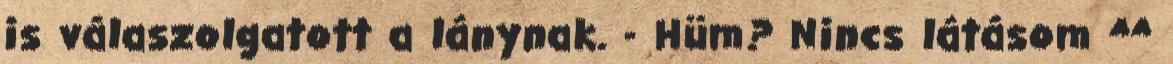
is válaszolgatott a lánynak. - Hüm? Nincs látásom ^^